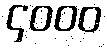
၄၀၀၀